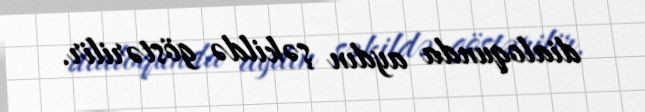
dialoqunda aydın şəkildə göstərilir.